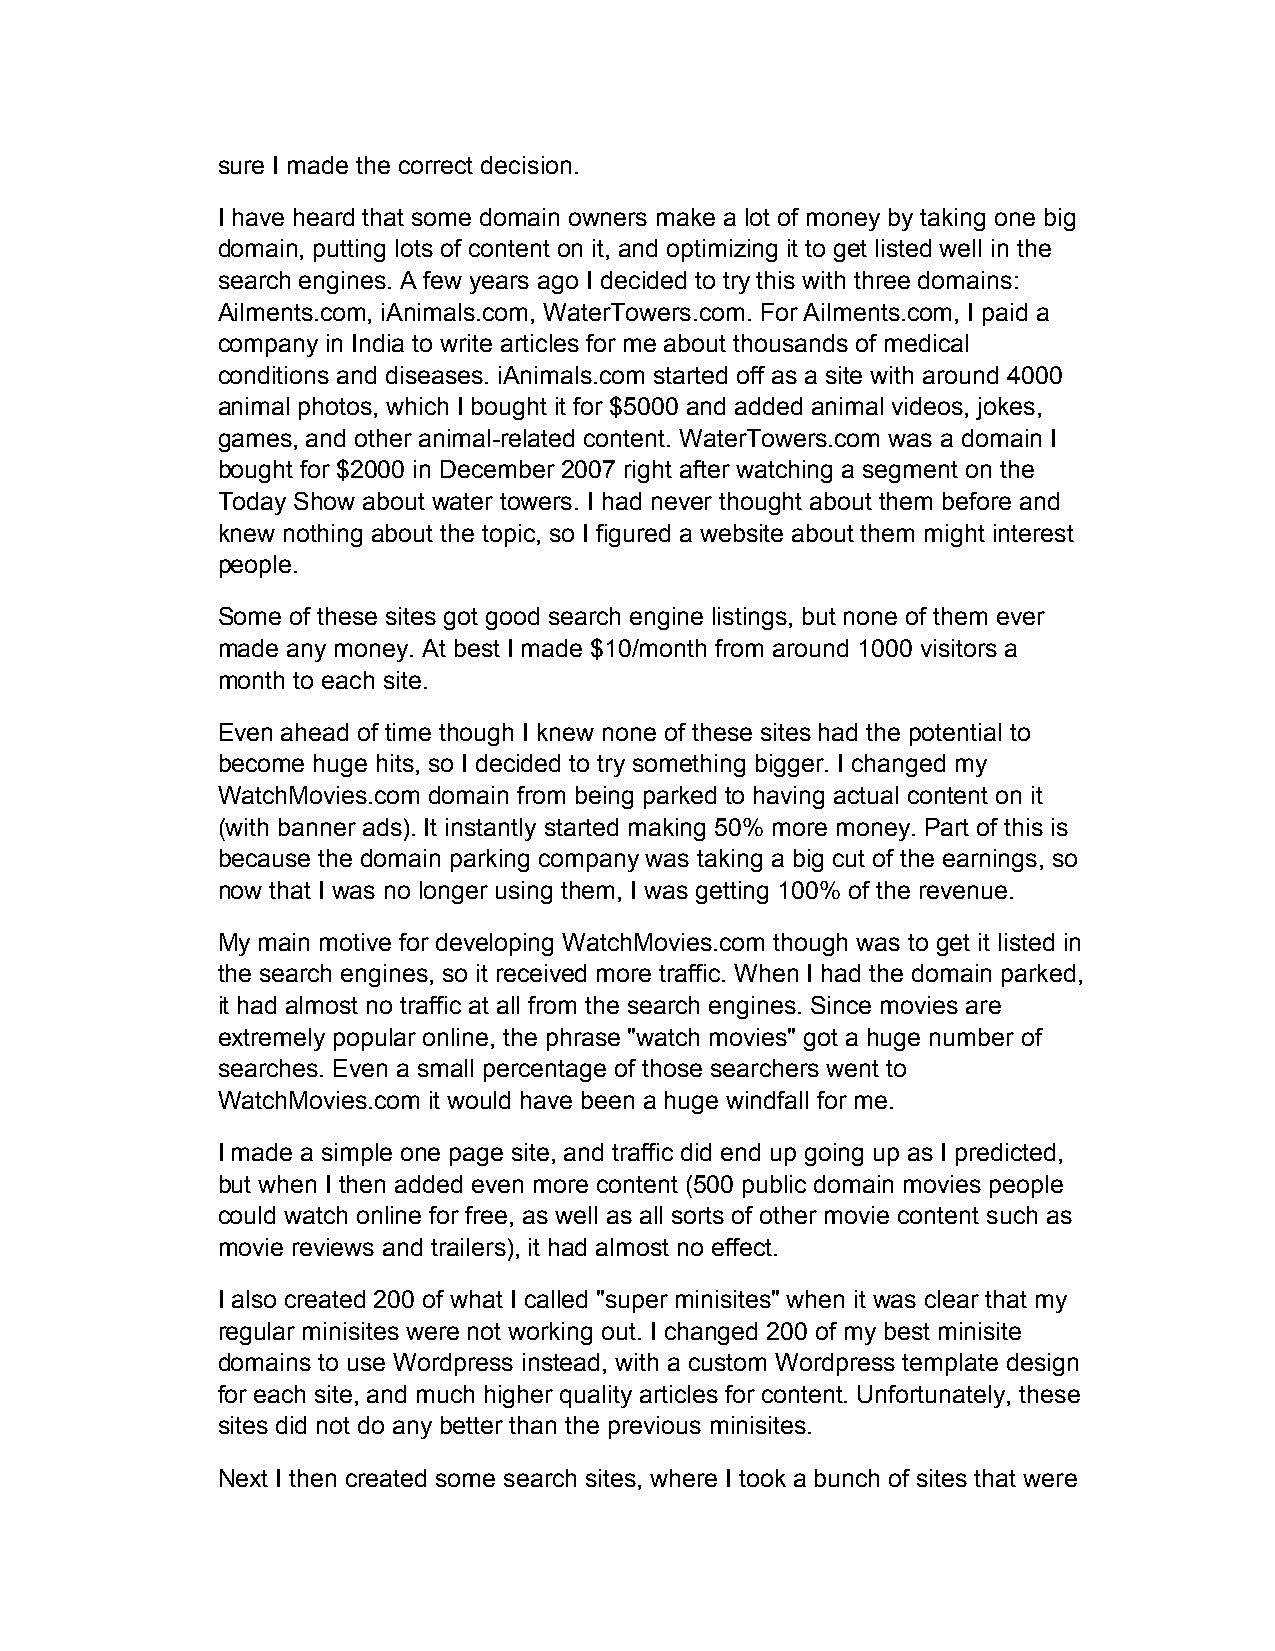
sure I made the correct decision.
 I have heard that some domain owners make a lot of money by taking one big
 domain, putting lots of content on it, and optimizing it to get listed well in the
 search engines. A few years ago I decided to try this with three domains:
 Ailments.com, iAnimals.com, WaterTowers.com. For Ailments.com, I paid a
 company in India to write articles for me about thousands of medical
 conditions and diseases. iAnimals.com started off as a site with around 4000
 animal photos, which I bought it for $5000 and added animal videos, jokes,
 games, and other animal-related content. WaterTowers.com was a domain I
 bought for $2000 in December 2007 right after watching a segment on the
 Today Show about water towers. I had never thought about them before and
 knew nothing about the topic, so I figured a website about them might interest
 people.
 Some of these sites got good search engine listings, but none of them ever
 made any money. At best I made $10/month from around 1000 visitors a
 month to each site.
 Even ahead of time though I knew none of these sites had the potential to
 become huge hits, so I decided to try something bigger. I changed my
 WatchMovies.com domain from being parked to having actual content on it
 (with banner ads). It instantly started making 50% more money. Part of this is
 because the domain parking company was taking a big cut of the earnings, so
 now that I was no longer using them, I was getting 100% of the revenue.
 My main motive for developing WatchMovies.com though was to get it listed in
 the search engines, so it received more traffic. When I had the domain parked,
 it had almost no traffic at all from the search engines. Since movies are
 extremely popular online, the phrase "watch movies" got a huge number of
 searches. Even a small percentage of those searchers went to
 WatchMovies.com it would have been a huge windfall for me.
 I made a simple one page site, and traffic did end up going up as I predicted,
 but when I then added even more content (500 public domain movies people
 could watch online for free, as well as all sorts of other movie content such as
 movie reviews and trailers), it had almost no effect.
 I also created 200 of what I called "super minisites" when it was clear that my
 regular minisites were not working out. I changed 200 of my best minisite
 domains to use Wordpress instead, with a custom Wordpress template design
 for each site, and much higher quality articles for content. Unfortunately, these
 sites did not do any better than the previous minisites.
 Next I then created some search sites, where I took a bunch of sites that were